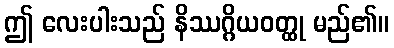
ဤ လေးပါးသည် နိဿဂ္ဂိယဝတ္ထု မည်၏။